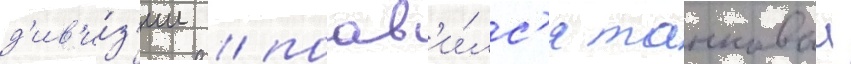
д'ив'и́з'ии / поав'и́лс'я танковыи